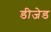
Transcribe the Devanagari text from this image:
डीजेड